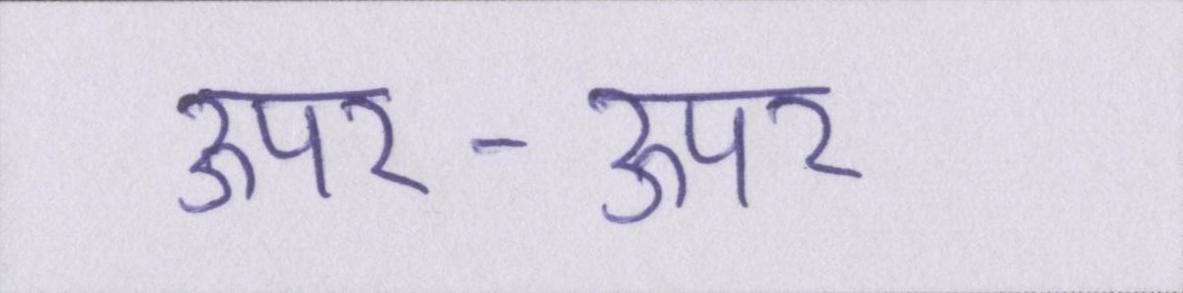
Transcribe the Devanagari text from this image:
ऊपर-ऊपर